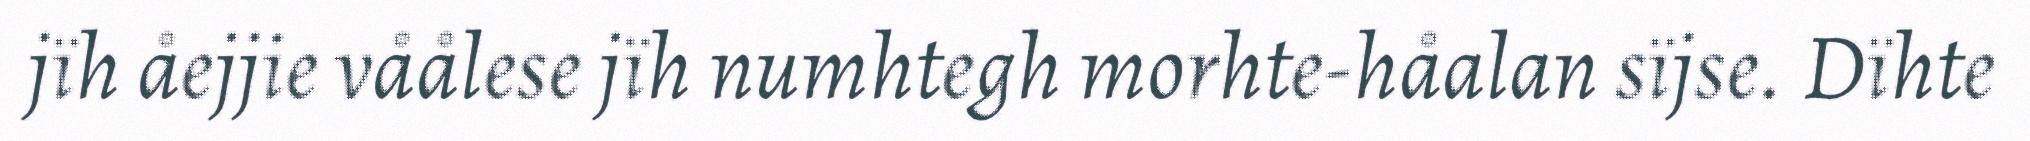
jïh åejjie våålese jïh numhtegh morhte-håalan sïjse. Dïhte